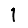
Digit: 1